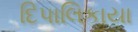
દિપાલિકાયા